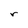
Character: r